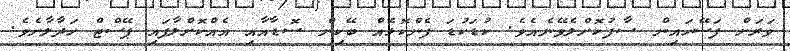
ވަރަށް ފަސޭހައިން ސާފުކޮށްލެވޭނެއެވެ. ކުޑަކުޑަ ފެންކޮޅެއް ބޭކިން ސޮޑާއާއި އެއްކޮށްލާފައި ޕޭސްޓް ހަދާލާށެވެ.